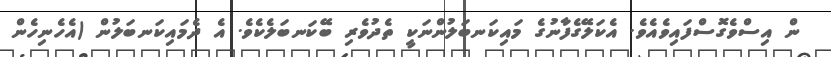
ން އިސްވެގޮސްފައިވެއެވެ. އެކަލޭގެފާނުގެ މައިކަނބަލުންނަކީ ތެދުވެރި ބޭކަނބަލެކެވެ. އެ ދެމައިކަނބަލުން (އެހެނިހެން